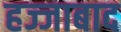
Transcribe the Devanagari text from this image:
हज्जाबाद